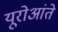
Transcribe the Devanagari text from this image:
यूरोआंते